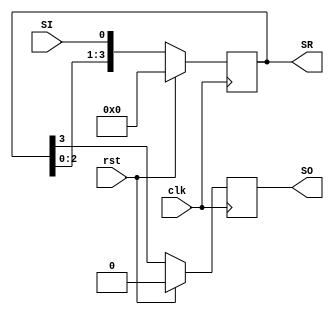
module LeftShiftRegister(
  
  input clk,
  input rst,
  input SI,
  output reg SO,
  output reg [3:0]SR
  
);
    
  always@(posedge clk)
    
    		begin
              
              if(rst)
                begin
                	SR<=4'b0;
              		SO<=1'b0;
                end
              
              else
                begin
                  	SR<={SR[2:0],SI};
                  	SO<=SR[3];
                end
            end
    
endmodule